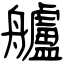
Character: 艫